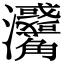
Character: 𤅳